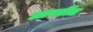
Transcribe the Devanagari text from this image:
आवर्तीत